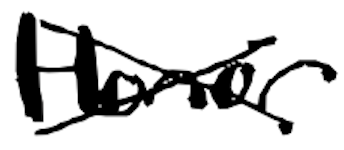
Text: Honor
Cross-out: cross
Writing tool: digital_black